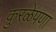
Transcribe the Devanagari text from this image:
कुरळेपणा